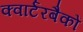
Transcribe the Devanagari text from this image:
क्वार्टरबैकों